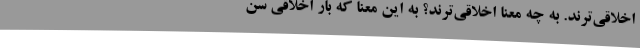
اخلاقی‌ترند. به چه معنا اخلاقی‌ترند؟ به این معنا که بار اخلاقی سن